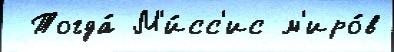
 Тогда́ М'и́сс'ис м'иро́в